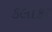
કલાકર